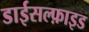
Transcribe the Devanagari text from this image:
डाईसल्फ़ाइड